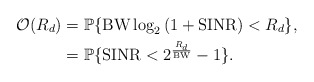
\begin{align*}\mathcal{O}(R_d)&=\mathbb{P} \{ {\rm BW} \log_{2} \left(1+{\rm SINR} \right)<R_{d} \}, \\&=\mathbb{P} \{ {\rm SINR}<2^{\frac{R_{d}}{{\rm BW}}}-1 \}.\end{align*}